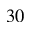
3 0